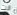
انت